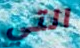
التي